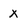
Character: x